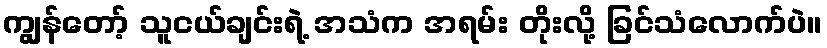
ကျွန်တော့် သူငယ်ချင်းရဲ့ အသံက အရမ်း တိုးလို့ ခြင်သံလောက်ပဲ။